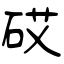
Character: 砹